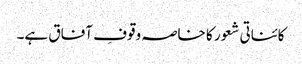
کائناتی شعور کا خاصہ وقوفِ آفاق ہے۔